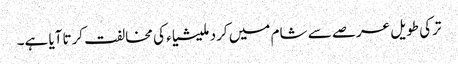
ترکی طویل عرصے سے شام میں کرد ملیشیاء کی مخالفت کرتاآیا ہے۔